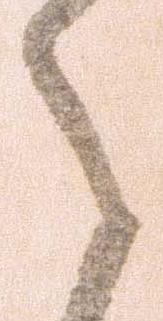
之